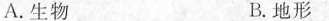
A.生物 B.地形